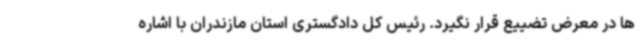
ها در معرض تضییع قرار نگیرد. رئیس کل دادگستری استان مازندران با اشاره